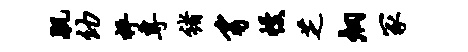
肌幼枰专褚豸幔芝炯冢